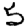
Digit: 5